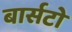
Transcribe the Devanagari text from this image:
बार्सटो